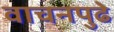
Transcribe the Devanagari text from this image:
वाचनपुढे